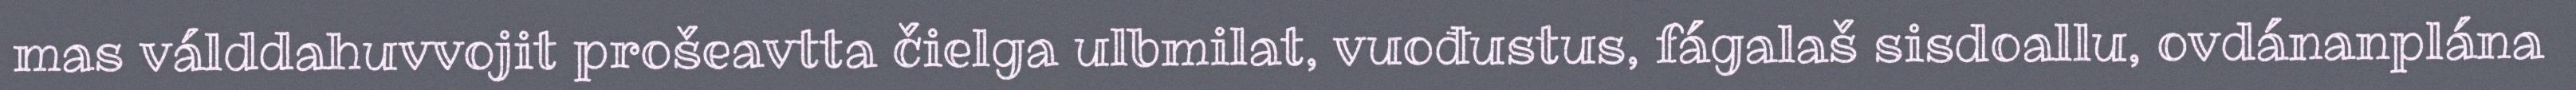
mas válddahuvvojit prošeavtta čielga ulbmilat, vuođustus, fágalaš sisdoallu, ovdánanplána